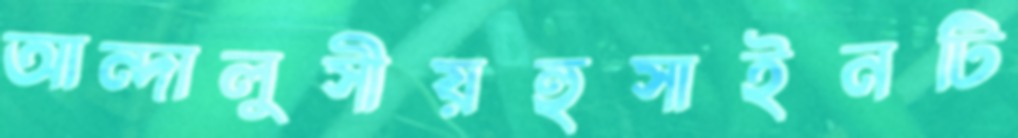
আন্দালুসীয়হুসাইনটি